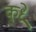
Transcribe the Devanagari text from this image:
कुध्रे